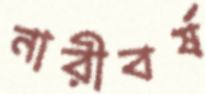
নারীবর্ষ